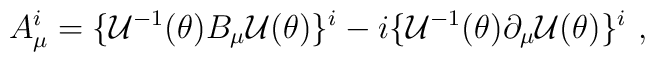
A_{\mu}^i = \{ {\cal U}^{-1} ( \theta) B_{\mu} {\cal U} (\theta)\}^i-i\{ {\cal U}^{-1} (\theta) \partial_{\mu} {\cal U}(\theta) \}^i\ ,